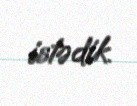
istədik.